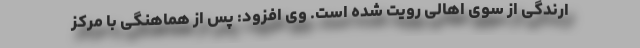
ارندگی از سوی اهالی رویت شده است. وی افزود: پس از هماهنگی با مرکز